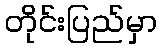
တိုင်းပြည်မှာ